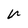
Character: u